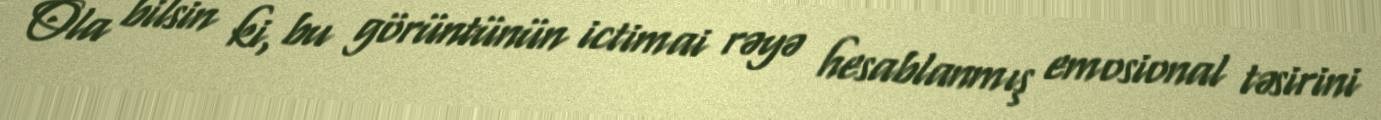
Ola bilsin ki, bu görüntünün ictimai rəyə hesablanmış emosional təsirini